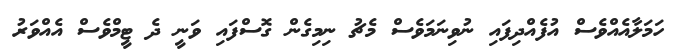
ހަމަލާއެއްވެސް އުފެއްދިފައި ނުވިނަމަވެސް މެޗު ނިމިގެން ގޮސްފައި ވަނީ ދެ ޓީމްވެސް އެއްވަރު